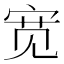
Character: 宽